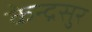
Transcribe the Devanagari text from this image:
केन्द्रसुर